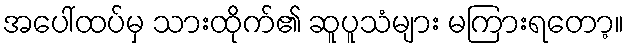
အပေါ်ထပ်မှ သားထိုက်၏ ဆူပူသံများ မကြားရတော့။